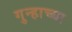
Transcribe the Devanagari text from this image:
गुन्हाच्या